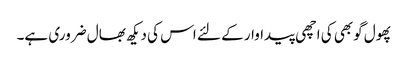
پھول گوبھی کی اچھی پیداوار کے لئے اس کی دیکھ بھال ضروری ہے۔